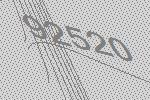
92520